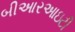
બીઆરઆઇટી